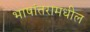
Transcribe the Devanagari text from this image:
भाषांतरामधील